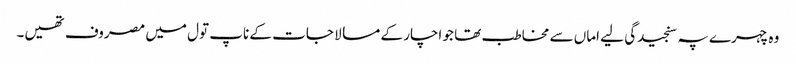
وہ چہرے پہ سنجیدگی لیے اماں سے مخاطب تھا جو اچار کے مسالا جات کے ناپ تول میں مصروف تھیں۔